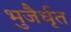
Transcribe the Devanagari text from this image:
भुजैर्धृत